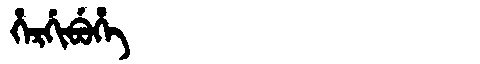
Manchu: ᡥᡝᡵᡤᡳᠪᡠᡥᡝ
Romanization: HERGIBUHE